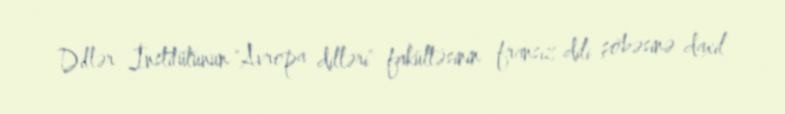
Dillər İnstitutunun "Avropa dilləri" fakültəsinin fransız dili şöbəsinə daxil